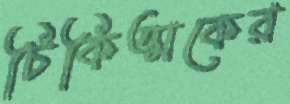
চিকিত্মকের